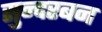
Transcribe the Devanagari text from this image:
सुन्दरबन